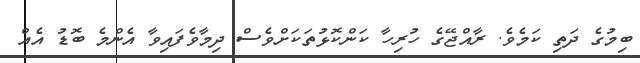
ބިމުގެ ދަތި ކަމެވެ. ރާއްޖޭގެ ހުރިހާ ކަންކޮޅުތަކަށްވެސް ދިމާވެފައިވާ އެންމެ ބޮޑު އެއް